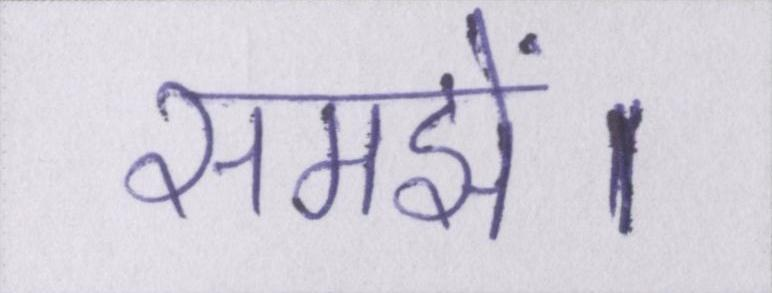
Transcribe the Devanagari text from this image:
समझें।